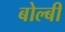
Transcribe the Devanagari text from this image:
बोल्बी